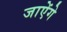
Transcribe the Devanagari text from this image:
जाऐंगे